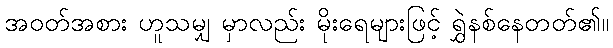
အဝတ်အစား ဟူသမျှ မှာလည်း မိုးရေများဖြင့် ရွှဲနစ်နေတတ်၏။